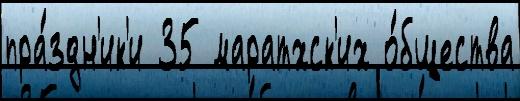
пра́здн'ик'и 35 маратхск'их о́бщества